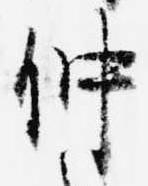
仲